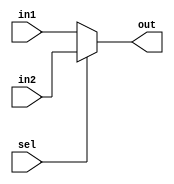
module MUX1 (input in1,in2,input sel , output out);
	assign out = sel?in2:in1;
endmodule